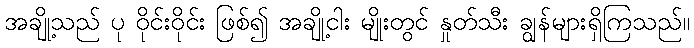
အချို့သည် ပု ဝိုင်းဝိုင်း ဖြစ်၍ အချို့ငါး မျိုးတွင် နှုတ်သီး ချွန်များရှိကြသည်။